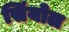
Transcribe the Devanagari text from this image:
सिंयोल